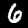
Digit: 6